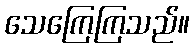
သေကြေကြသည်။